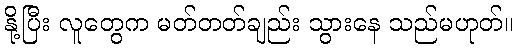
နို့ပြီး လူတွေက မတ်တတ်ချည်း သွားနေ သည်မဟုတ်။